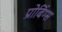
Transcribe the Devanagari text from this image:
प्रोबिंग्स